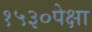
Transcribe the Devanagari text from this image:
१५३०पेक्षा